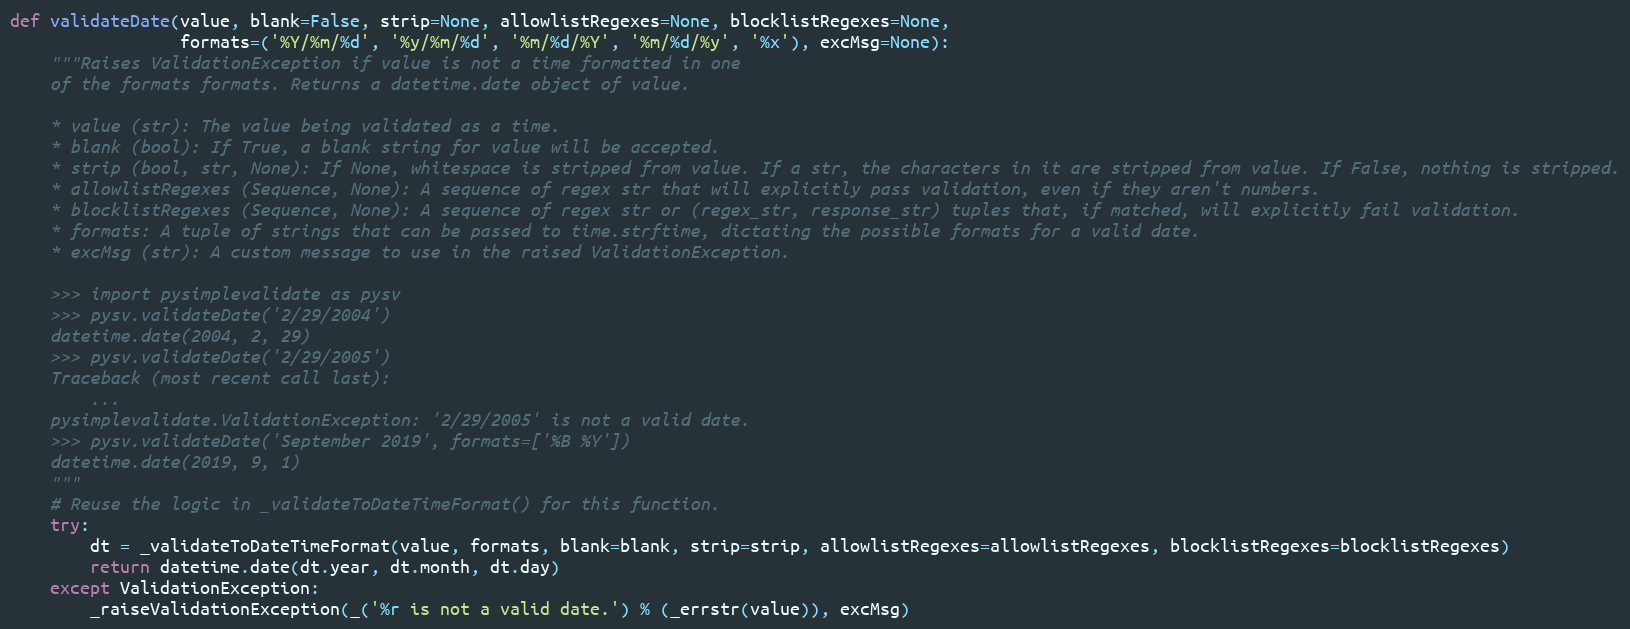
Language: Python
def validateDate(value, blank=False, strip=None, allowlistRegexes=None, blocklistRegexes=None,
                 formats=('%Y/%m/%d', '%y/%m/%d', '%m/%d/%Y', '%m/%d/%y', '%x'), excMsg=None):
    """Raises ValidationException if value is not a time formatted in one
    of the formats formats. Returns a datetime.date object of value.

    * value (str): The value being validated as a time.
    * blank (bool): If True, a blank string for value will be accepted.
    * strip (bool, str, None): If None, whitespace is stripped from value. If a str, the characters in it are stripped from value. If False, nothing is stripped.
    * allowlistRegexes (Sequence, None): A sequence of regex str that will explicitly pass validation, even if they aren't numbers.
    * blocklistRegexes (Sequence, None): A sequence of regex str or (regex_str, response_str) tuples that, if matched, will explicitly fail validation.
    * formats: A tuple of strings that can be passed to time.strftime, dictating the possible formats for a valid date.
    * excMsg (str): A custom message to use in the raised ValidationException.

    >>> import pysimplevalidate as pysv
    >>> pysv.validateDate('2/29/2004')
    datetime.date(2004, 2, 29)
    >>> pysv.validateDate('2/29/2005')
    Traceback (most recent call last):
        ...
    pysimplevalidate.ValidationException: '2/29/2005' is not a valid date.
    >>> pysv.validateDate('September 2019', formats=['%B %Y'])
    datetime.date(2019, 9, 1)
    """
    # Reuse the logic in _validateToDateTimeFormat() for this function.
    try:
        dt = _validateToDateTimeFormat(value, formats, blank=blank, strip=strip, allowlistRegexes=allowlistRegexes, blocklistRegexes=blocklistRegexes)
        return datetime.date(dt.year, dt.month, dt.day)
    except ValidationException:
        _raiseValidationException(_('%r is not a valid date.') % (_errstr(value)), excMsg)